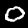
Label: 0